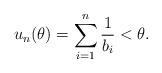
LaTeX: \begin{align*}u_n(\theta) = \sum_{i=1}^n \frac{1}{b_i} < \theta. \end{align*}